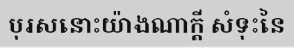
បុរសនោះយ៉ាងណាក្តី សំទុះនៃ